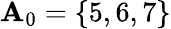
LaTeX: \mathbf{A}_{0}=\{ 5,6,7\}